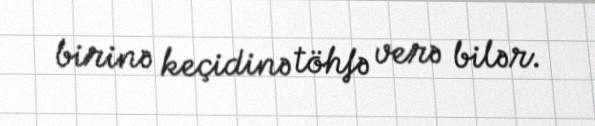
birinə keçidinə töhfə verə bilər.